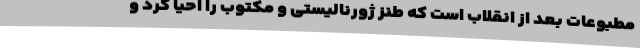
مطبوعات بعد از انقلاب است که طنز ژورنالیستی و مکتوب را احیا کرد و